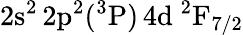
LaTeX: \mathrm{2s^{2}\, 2p^{2}(^{3}P)\, 4d~^{2}F_{7/2}}